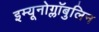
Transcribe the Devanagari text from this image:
इम्यूनोग्लॉबुलिन